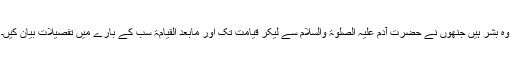
وہ بشر ہیں جنھوں نے حضرت آدم علیہ الصلوٰۃ والسلام سے لیکر قیامت تک اور مابعد القیامۃ سب کے بارے میں تفصیلات بیان کیں۔